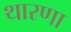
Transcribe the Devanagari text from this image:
थारणा